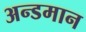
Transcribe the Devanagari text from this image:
अन्डमान